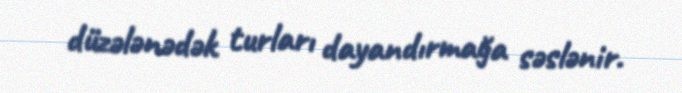
düzələnədək turları dayandırmağa səslənir.